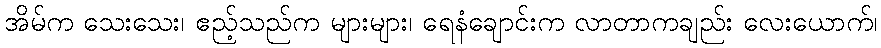
အိမ်က သေးသေး၊ ဧည့်သည်က များများ၊ ရေနံချောင်းက လာတာကချည်း လေးယောက်၊